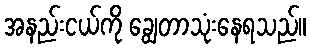
အနည်းငယ်ကို ချွေတာသုံးနေရသည်။